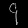
Digit: ၄